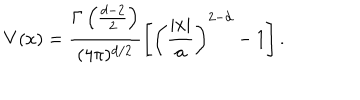
V ( x ) = \frac { \Gamma \left( \frac { d - 2 } { 2 } \right) } { ( 4 \pi ) ^ { d / 2 } } \left[ \left( \frac { | x | } { a } \right) ^ { 2 - d } - 1 \right] .